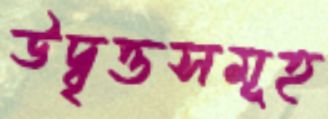
উদ্বৃত্তসমূহ